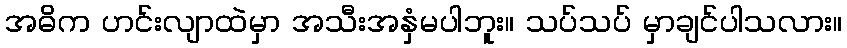
အဓိက ဟင်းလျာထဲမှာ အသီးအနှံမပါဘူး။ သပ်သပ် မှာချင်ပါသလား။